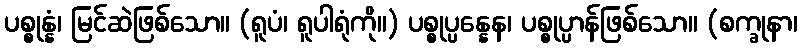
ပစ္စုန္နံ၊ မြင်ဆဲဖြစ်သော။ (ရူပံ၊ ရူပါရုံကို။) ပစ္စုပ္ပန္နေန၊ ပစ္စုပ္ပာန်ဖြစ်သော။ (စက္ခုနာ၊